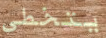
يتخطى